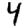
Digit: 4